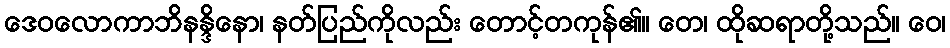
ဒေဝလောကာဘိနန္ဒိနော၊ နတ်ပြည်ကိုလည်း တောင့်တကုန်၏။ တေ၊ ထိုဆရာတို့သည်။ ဝေ၊